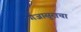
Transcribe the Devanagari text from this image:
गजासुराचा